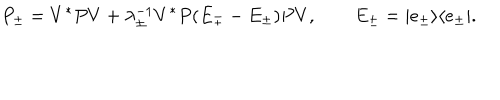
P _ { \pm } = V ^ { * } P V + \lambda _ { \pm } ^ { - 1 } V ^ { * } P ( E _ { \mp } - E _ { \pm } ) P V , \qquad E _ { \pm } = | e _ { \pm } \rangle \langle e _ { \pm } | .